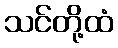
သင်တို့ထံ